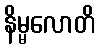
နိမ္မလောတိ